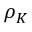
\rho _ { K }